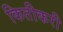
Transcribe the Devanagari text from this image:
कितीकरी